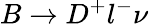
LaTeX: B\to D^{+}l^{-}\nu